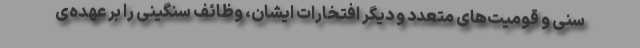
سنی و قومیت‌های متعدد و دیگر افتخارات ایشان، وظائف سنگینی را بر عهده‌ی